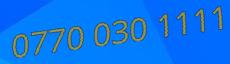
0770 030 1111